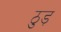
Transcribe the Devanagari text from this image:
ठुड़